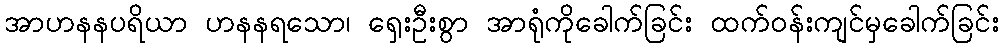
အာဟနနပရိယာ ဟနနရသော၊ ရှေးဦးစွာ အာရုံကိုခေါက်ခြင်း ထက်ဝန်းကျင်မှခေါက်ခြင်း